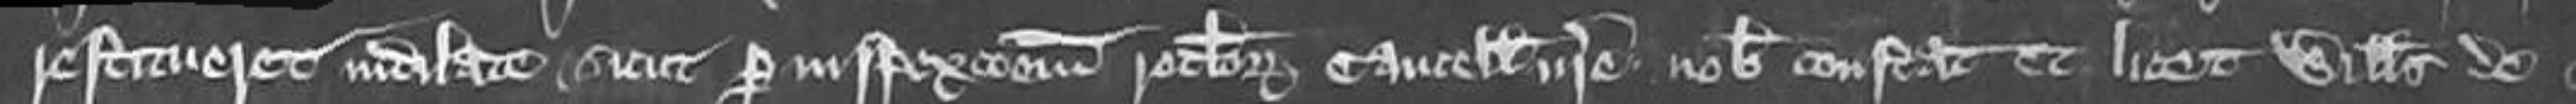
restitueret indilate sicut per inspexcionem rotulorum cancellarie nostre nobis constat et licet Willelmus de